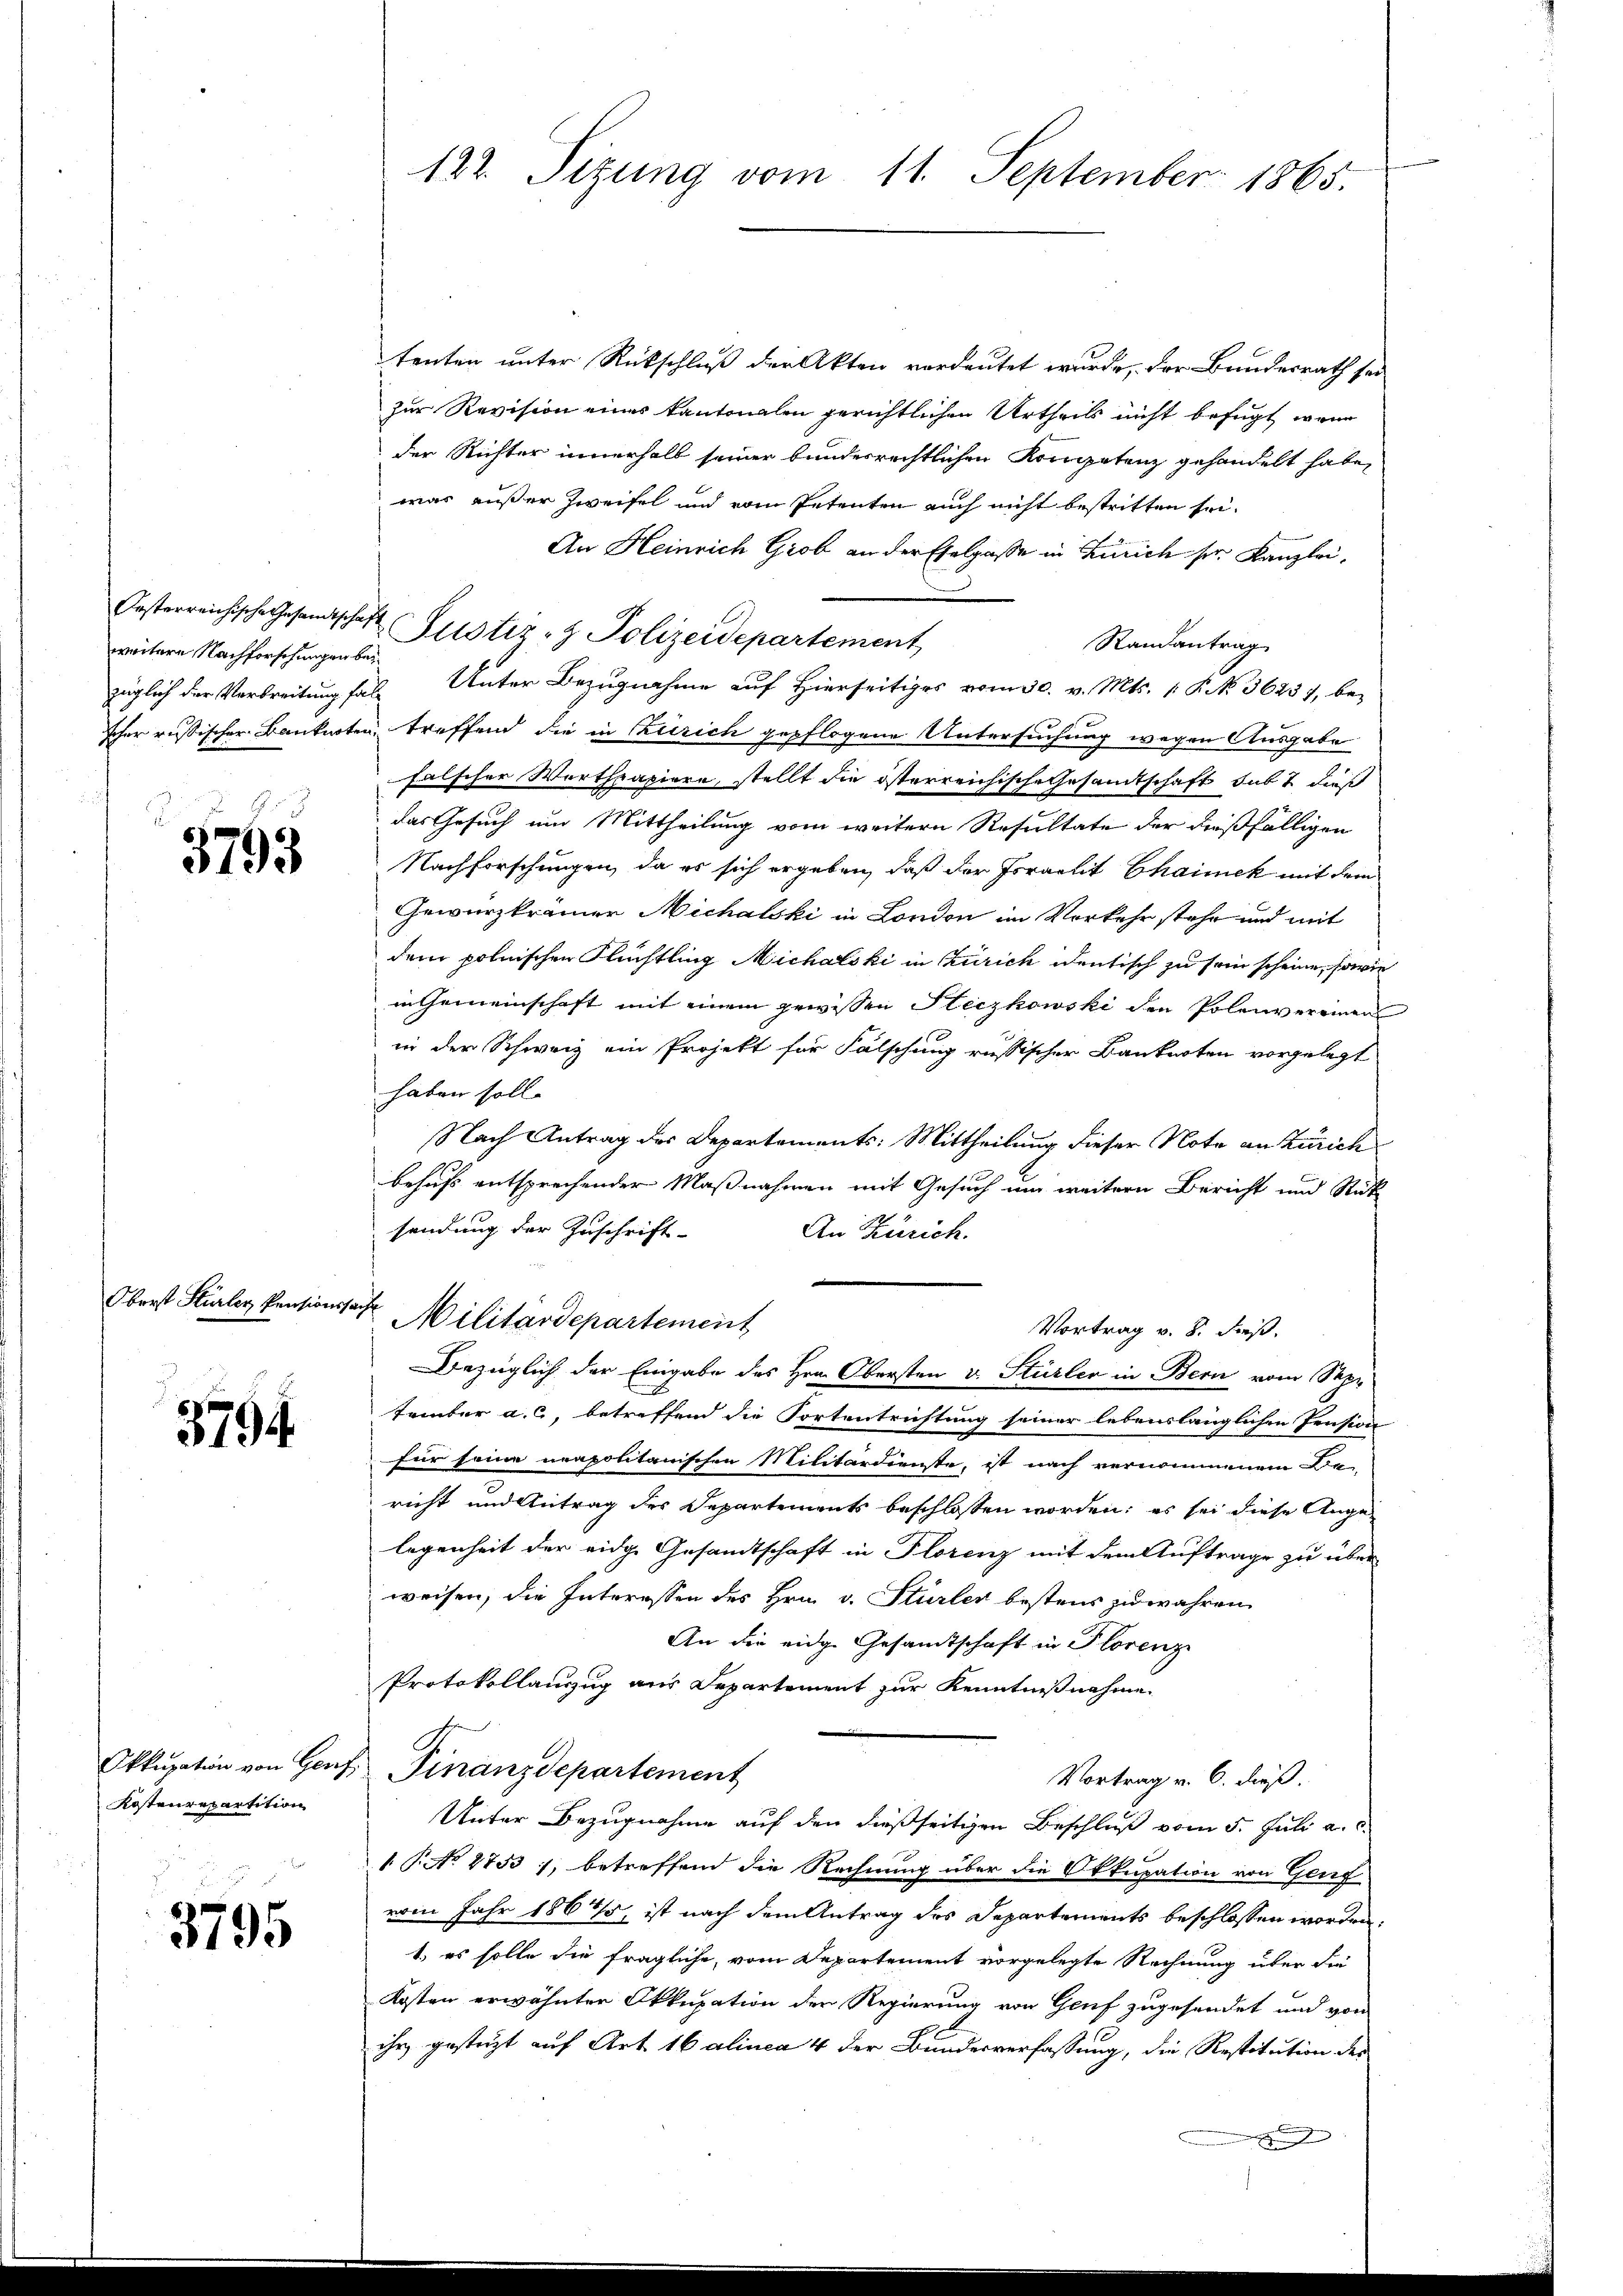
weitere Nachforschungen be¬

3795

Oberst Karler Pensions¬

3794

Kostenrepartition

3795

tenten unter Rückschluß der Akten verdeutet wurde, der Bundesrath sei
zur Revision eines Kantonalen gerichtlichen Urtheils nicht befugt, wenn
der Richter innerhalb seiner bundesrechtlichen Kompetenz gehandelt habe,
was außer Zweifel und vom Petenten auch nicht bestritten sei¬
An Heinrich Grob an der Ehelgasse in Zürich sei Kanzlei,
Oesterreichische Gesandtschaft Justiz- & Polizeidepartement
Randantrag
züglich der Verbreitung fälle Unter Bezugnahme auf Hierseitiges vom 30. v. Mts. 1. P. No. 36257, bescher russischer Banknoten, treffend die in Zürich gepflogene Untersuchung wegen Ausgabe
falscher Worthpapiere, stellt die österreichische Gesamtschaft sub 7 dieß
das Gesuch um Mittheilung vom weitern Resultate der dießfälligen
Nachforschungen, da es sich ergeben, daß der Israelit Chaimek mit dem
Gewürzkrämer Michalski in London im Vorkehr stehe und mit
dem polnischen Flüchtling Michalski in Zürich identisch zu sein scheine, sowie
in Gemeinschaft mit einem gewissen Steczkowski den Polenvereinen
in der Schweiz ein Projekt für Fälschung russischer Banknoten vorgelegt
haben soll.
Nach Antrag des Departements: Mittheilung dieser Note an Zürich
behufs entsprechender Maßnahmen mit Gesuch um weitere Bericht und Rück
sendung der Zuschrift-
An Zürich.
auff
Militärdepartement
Vortrag v. 8. dieß.
Bezüglich der Eingabe des Hrn. Obersten v. Stürler in Bern vom Sepr
tember a. c., betreffend die Tortentrichtung seiner lebenslänglichen Pension
für seine neapolitanischen Militärdienste, ist nach vernommenen Be-
richt und Antrag der Departements beschlossen worden; es sei diese Angelegenheit der eidge Gesandtschaft in Florenz mit dem Auftrage zu über
weisen, die Interessen des Hrn. v. Stürler bestens zu wahren
An die eidg. Gesandtschaft in Florenze
Protokollanzug aus Departement zur Kenntnißnahme
Okkupation von Genf Finanzdepartement
Vortrag v. 6. dieß.
Unter Bezugnahme auf den dießseitigen Beschluß vom 5. Juli a. c.
1 P. No 2733), betreffend die Rechnung über die Okkupation von Genf
vom Jahr 18645, ist nach dem Antrag des Departements beschlossen worden.
1) es solle die fragliche, vom Departement vorgelegte Rechnung über die
Kosten erwähnten Okkupation der Regierung von Genf zugesendet und von
ihr gestützt auf Art. 16 alinea 4 der Bundesverfassung, die Restitution des

122. Sizung vom 11. September 1865.